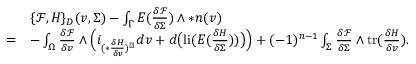
\begin{array} { r l } & { \{ \mathcal { F } , H \} _ { D } ( v , \Sigma ) - \int _ { \Gamma } E ( \frac { \delta \mathcal { F } } { \delta \Sigma } ) \wedge \ast \boldsymbol { n } ( v ) } \\ { = } & { - \int _ { \Omega } \frac { \delta \mathcal { F } } { \delta v } \wedge \Big ( i _ { ( \ast \frac { \delta H } { \delta v } ) ^ { \sharp } } d v + d \big ( \mathrm { l i } ( E ( \frac { \delta H } { \delta \Sigma } ) ) \big ) \Big ) + ( - 1 ) ^ { n - 1 } \int _ { \Sigma } \frac { \delta \mathcal { F } } { \delta \Sigma } \wedge \mathrm { t r } ( \frac { \delta H } { \delta v } ) . } \end{array}